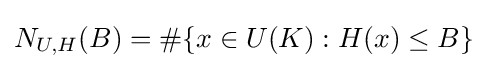
N_{U,H}(B)=\#\{x\in U(K):H(x)\leq B\}